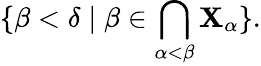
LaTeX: \displaystyle\{ \beta<\delta\mid\beta\in\bigcap_{\alpha<\beta}\mathbf{X}_{\alpha}\} .